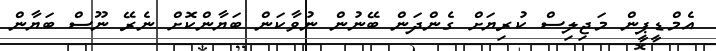
އެމްޑީޕީން މަޖިލިސް ކުރިޔަށް ގެންދަން ބޭނުން ނުވާކަން ބަޔާންކޮށް ނެރޭ ނޫސް ބަޔާން